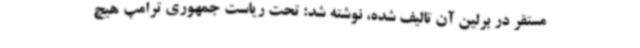
مستقر در برلین آن تالیف شده، نوشته شد: تحت ریاست جمهوری ترامپ هیچ